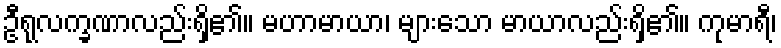
ဦရုလက္ခဏာလည်းရှိ၏။ မဟာမာယာ၊ များသော မာယာလည်းရှိ၏။ ကုမာရီ၊